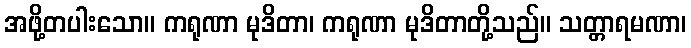
အဖို့တပါးသော။ ကရုဏာ မုဒိတာ၊ ကရုဏာ မုဒိတာတို့သည်။ သတ္တာရမဏာ၊